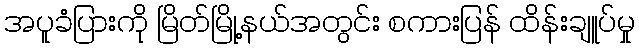
အပူခံပြားကို မြိတ်မြို့နယ်အတွင်း စကားပြန် ထိန်းချူပ်မှု